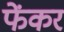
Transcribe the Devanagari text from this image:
फेंकर